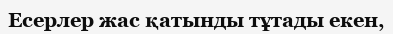
Есерлер жас қатынды тұтады екен,